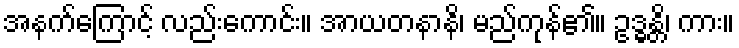
အနက်ကြောင့် လည်းကောင်း။ အာယတနာနိ၊ မည်ကုန်၏။ ဥဒ္ဓန္တိ၊ ကား။